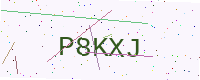
Text: P8KXJ